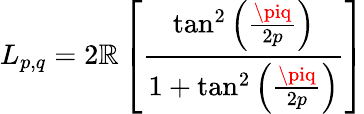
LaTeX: L_{p,q}=2\mathbb{R}\left[\frac{{\tan^{2}\left(\frac{{\piq}}{{2p}}\right)}}{{1+\tan^{2}\left(\frac{{\piq}}{{2p}}\right)}}\right]